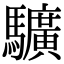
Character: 𩧉